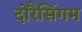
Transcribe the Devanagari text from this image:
दोरैसिंगम